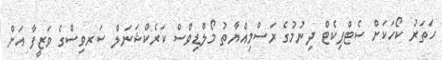
ހަތަރު ކޯހަކަށް ސެޓްފިކެޓް ދިނުމުގެ ރަސްމިއްޔާތު މޯލްޑިވްސް ކަރެކްޝަނަލް ސަރވިސްގެ ވަޒީފާ އަށް